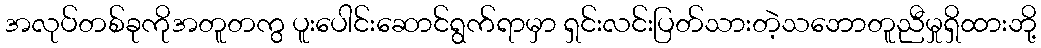
အလုပ်တစ်ခုကိုအတူတကွ ပူးပေါင်းဆောင်ရွက်ရာမှာ ရှင်းလင်းပြတ်သားတဲ့သဘောတူညီမှုရှိထားဘို့